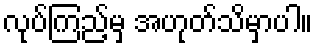
လုပ်ကြည့်မှ အဟုတ်သိမှာပါ။